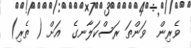
ވެރިން  ވަންތަ ރަސްކަލާނގެ  އަށް ( ތެރި)